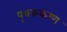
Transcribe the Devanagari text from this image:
पृथककरण